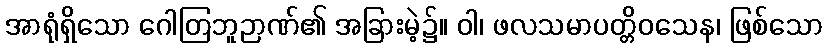
အာရုံရှိသော ဂေါတြဘူဉာဏ်၏ အခြားမဲ့၌။ ဝါ၊ ဖလသမာပတ္တိဝသေန၊ ဖြစ်သော